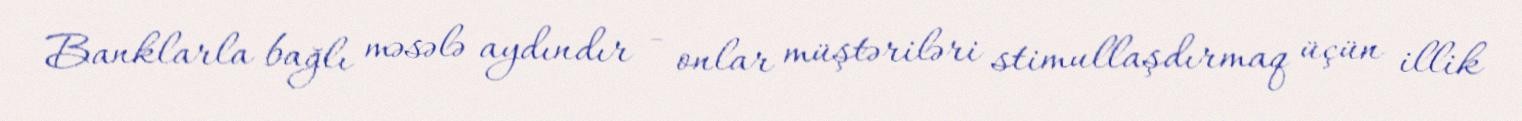
Banklarla bağlı məsələ aydındır - onlar müştəriləri stimullaşdırmaq üçün illik